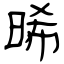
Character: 晞